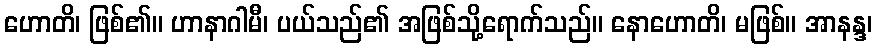
ဟောတိ၊ ဖြစ်၏။ ဟာနာဂါမီ၊ ပယ်သည်၏ အဖြစ်သို့ရောက်သည်။ နောဟောတိ၊ မဖြစ်။ အာနန္ဒ၊